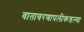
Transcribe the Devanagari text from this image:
वातावरणापलीकडल्या